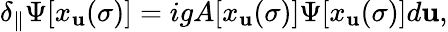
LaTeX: \delta_{\parallel}\Psi[x_{\mathbf{u}}(\sigma)]=igA[x_{\mathbf{u}}(\sigma)]\Psi[x_{\mathbf{u}}(\sigma)]d\mathbf{u},